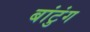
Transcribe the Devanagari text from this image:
बांटुंग